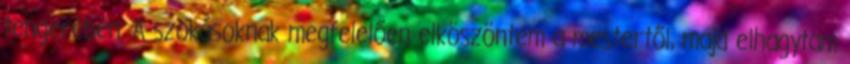
tengerében. A szokásoknak megfelelően elköszöntem a mestertől, majd elhagytam